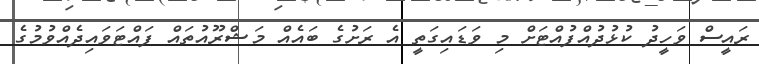
ރައީސް ވަހީދު ކުޅުދުއްފުއްޓަށް މި ވަޑައިގަތީ އެ ރަށުގެ ބައެއް މަޝްރޫއުތައް ފައްޓަވައިދެއްވުމުގެ